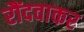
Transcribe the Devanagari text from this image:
रौंदवाकर